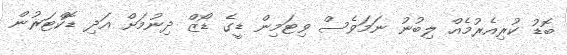
ބޮޑު ކުރިއެރުމެއް ލިބުނު ނަމަވެސް ވިޓަމިން ޑީގެ ޑޯޒް ދިނުމަށް އަދި ޑޮކްޓަރުން